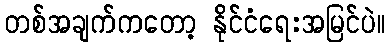
တစ်အချက်ကတော့ နိုင်ငံရေးအမြင်ပဲ။